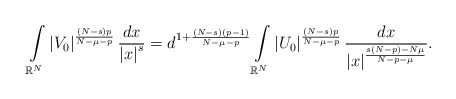
\begin{align*}\int\limits_{\mathbb{R}^{N}}\left\vert V_{0}\right\vert ^{\frac{\left( N-s\right) p}{N-\mu-p}}\frac{dx}{\left\vert x\right\vert ^{s}}=d^{1+\frac{\left( N-s\right) \left(p-1\right) }{N-\mu-p}}\int\limits_{\mathbb{R}^{N}}\left\vert U_{0}\right\vert ^{\frac{\left( N-s\right) p}{N-\mu-p}}\frac{dx}{\left\vert x\right\vert ^{\frac{s\left( N-p\right) -N\mu}{N-p-\mu}}}.\end{align*}